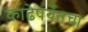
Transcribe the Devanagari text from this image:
काढेपर्यंतचा